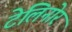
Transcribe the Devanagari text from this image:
टेलिनोर